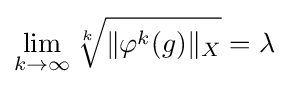
\lim _{k\to \infty }{\sqrt[{k}]{\|\varphi ^{k}(g)\|_{X}}}=\lambda